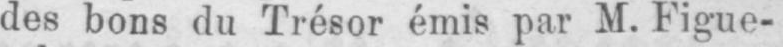
des bons du Trésor émis par M. Figue-